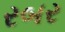
રબર